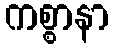
ကစ္စာနာ